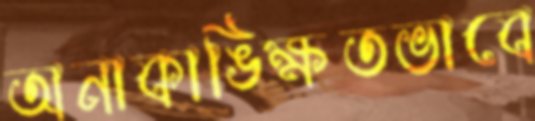
অনাকাঙ্ক্ষিতভাবে